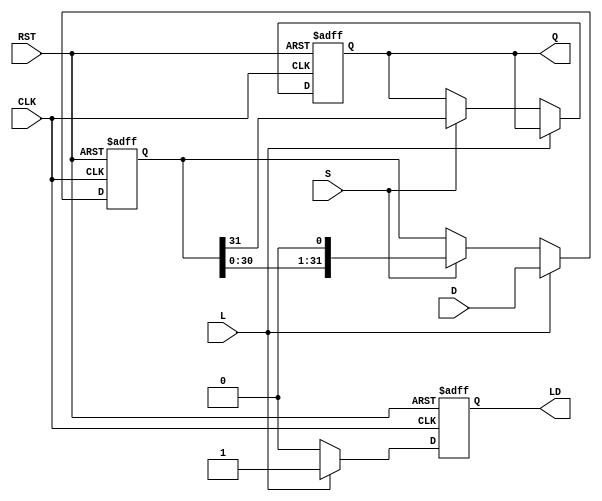
module PISO_Register (
    input wire [31:0] D,      // 32-bit parallel data input
    input wire L,             // Load control signal
    input wire S,             // Shift control signal
    input wire CLK,           // Clock input
    input wire RST,           // Asynchronous reset signal
    output reg Q,             // Serial output
    output reg LD             // Data Loaded status output
);

    reg [31:0] shift_reg;     // Internal shift register

    always @(posedge CLK or posedge RST) begin
        if (RST) begin
            // Asynchronous reset
            shift_reg <= 32'b0; // Clear the register
            Q <= 1'b0;          // Clear output
            LD <= 1'b0;        // Clear loaded status
        end else begin
            if (L) begin
                // Load data into the shift register
                shift_reg <= D;  // Load data on Load signal
                LD <= 1'b1;      // Set Loaded status
            end else if (S) begin
                // Shift data out serially
                Q <= shift_reg[31]; // Output the MSB
                shift_reg <= {shift_reg[30:0], 1'b0}; // Shift left
                LD <= 1'b0; // Clear Loaded status after shifting
            end else begin
                LD <= 1'b0; // No operation, clear Loaded status
            end
        end
    end

endmodule